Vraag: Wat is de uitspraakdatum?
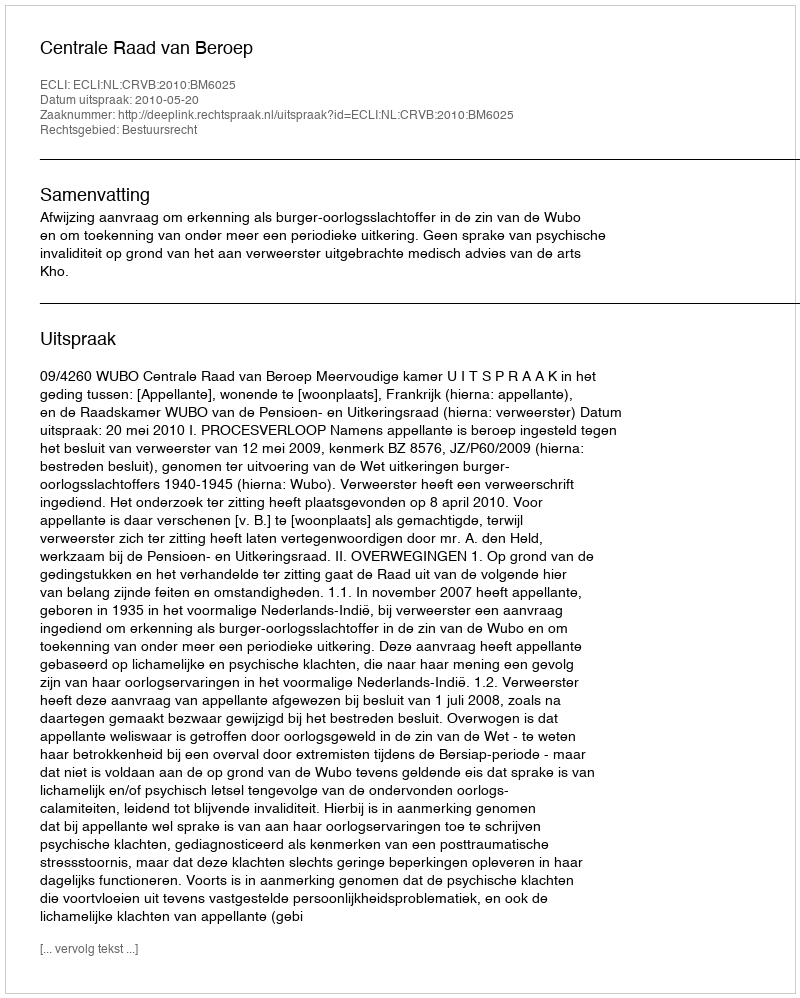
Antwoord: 2010-05-20